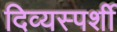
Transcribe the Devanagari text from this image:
दिव्यस्पर्शी